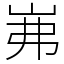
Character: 岪